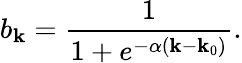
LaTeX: b_{\mathbf{k}}=\frac{{1}}{{1+e^{-\alpha(\mathbf{k}-\mathbf{k}_{0})}}}.